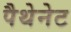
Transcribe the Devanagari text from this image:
पैथेनेट